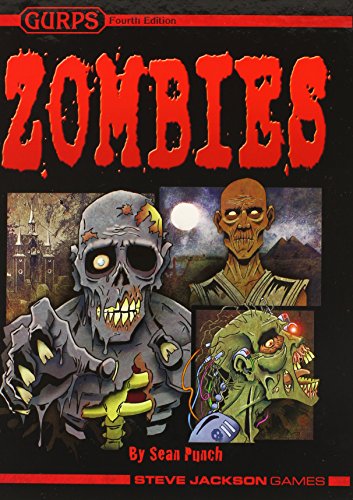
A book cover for Gurps Zombies, 4th Edition; Sean Punch; Science Fiction & Fantasy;